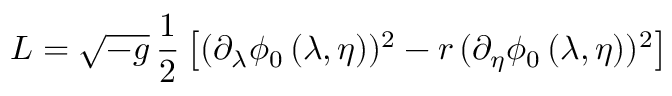
{ \cal L } = \sqrt { - g } \, { \frac { 1 } { 2 } } \left[ ( \partial _ { \lambda } \phi _ { 0 } \, ( \lambda , \eta ) ) ^ { 2 } - r \, ( \partial _ { \eta } \phi _ { 0 } \, ( \lambda , \eta ) ) ^ { 2 } \right]